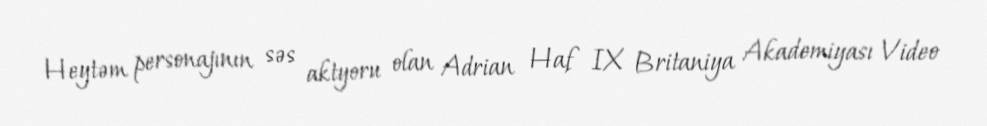
Heytəm personajının səs aktyoru olan Adrian Haf IX Britaniya Akademiyası Video